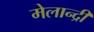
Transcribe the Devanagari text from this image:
मेलान्द्री